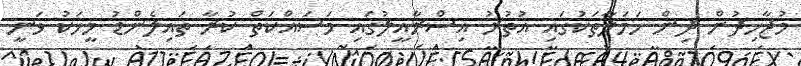
މުޖާހިދުން ދިން ހަމަލާތަކުގައި އުތުރު އިސްރާއީލުގައި މަސައްކަތް ކުރާ ތައިލެންޑު މީހަކު ވަނީ